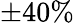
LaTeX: \pm 40\%